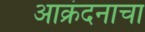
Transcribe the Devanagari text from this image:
आक्रंदनाचा